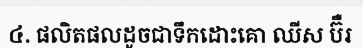
៤. ផលិតផលដូចជាទឹកដោះគោ ឈីស ប៊ឺរ